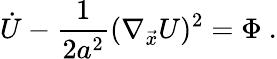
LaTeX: \dot{U}-{\frac{1}{2a^{2}}}(\nabla_{\vec{x}}U)^{2}=\Phi\ .